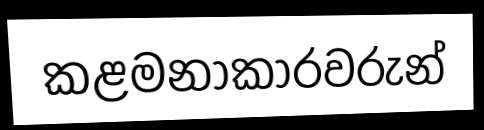
කළමනාකාරවරුන්